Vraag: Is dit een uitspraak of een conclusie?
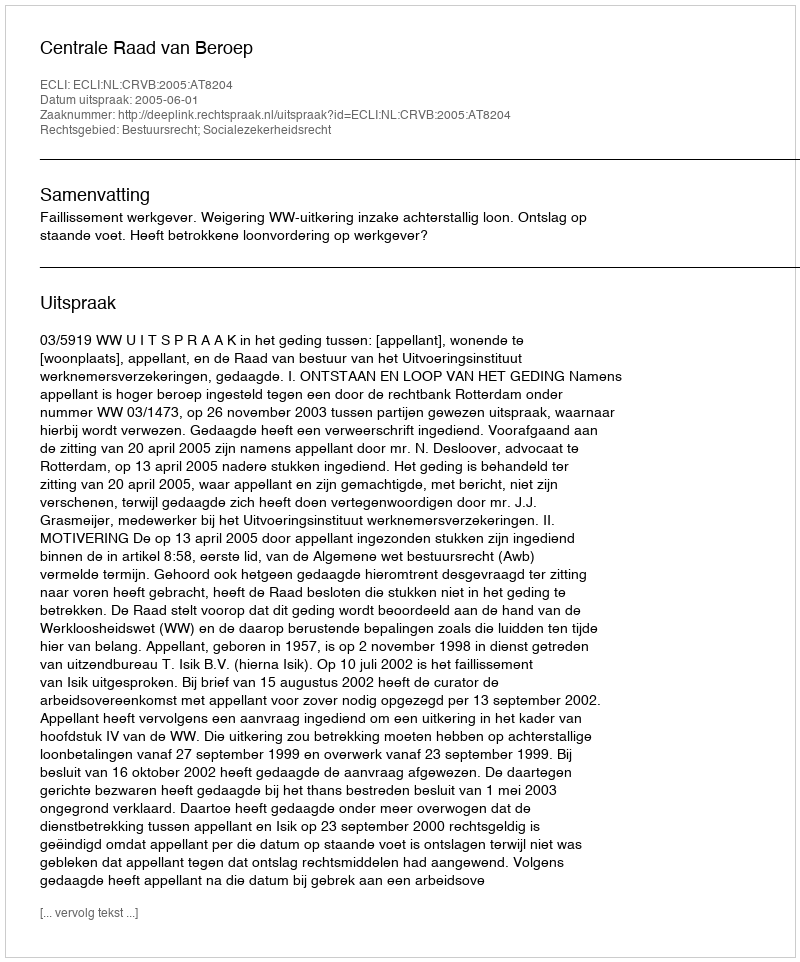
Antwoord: Uitspraak